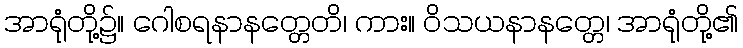
အာရုံတို့၌။ ဂေါစရနာနတ္တေတိ၊ ကား။ ဝိသယနာနတ္တေ၊ အာရုံတို့၏